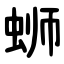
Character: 蛳